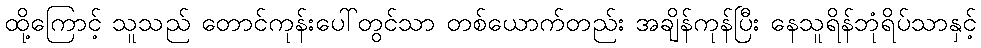
ထို့ကြောင့် သူသည် တောင်ကုန်းပေါ်တွင်သာ တစ်ယောက်တည်း အချိန်ကုန်ပြီး နေသူရိန်ဘုံရိပ်သာနှင့်